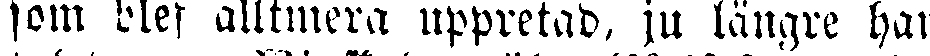
som blef alltmera uppretad, ju längre han